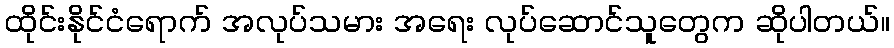
ထိုင်းနိုင်ငံရောက် အလုပ်သမား အရေး လုပ်ဆောင်သူတွေက ဆိုပါတယ်။